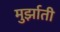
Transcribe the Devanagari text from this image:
मुर्झाती